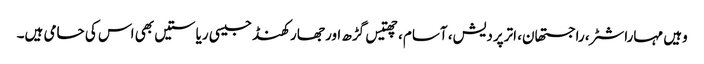
وہیں مہاراشٹر، راجستھان، اترپردیش، آسام، چھتیس گڑھ اور جھارکھنڈ جیسی ریاستیں بھی اس کی حامی ہیں۔